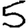
Digit: 5